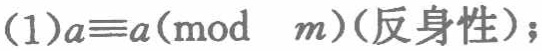
(1)$a\equiv a(\text{mod } m)(\text{反身性});$